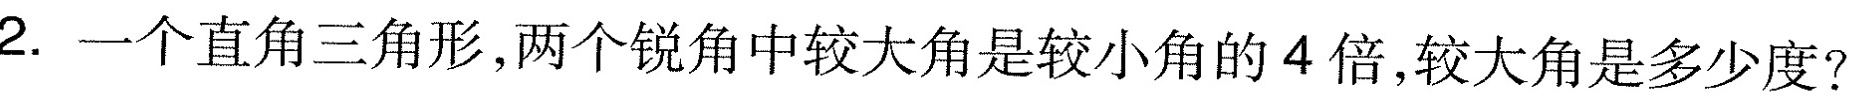
2.一个直角三角形，两个锐角中较大角是较小角的4倍，较大角是多少度?